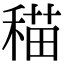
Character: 䅦